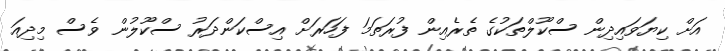
އަށް ކިޔަވައިދިން ސްކޫލްތަކުގެ ތެރެއިން ފުރަތަމަ ފަހަރަށް އިސްކަންދަރު ސްކޫލުން ވެސް މިދިއަ